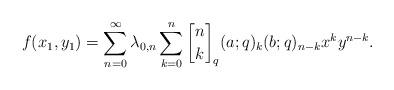
LaTeX: \begin{align*}f(x_1, y_1)=\sum_{n=0}^\infty \lambda_{0, n} \sum_{k=0}^n {n\brack k}_q (a; q)_k (b; q)_{n-k} x^k y^{n-k}.\end{align*}